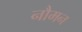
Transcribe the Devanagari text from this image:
नौमन